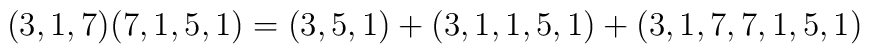
(3,1,7) (7,1,5,1) =(3,5,1) +(3,1,1,5,1) +(3,1,7,7,1,5,1)